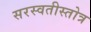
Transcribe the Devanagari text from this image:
सरस्वतीस्तोत्र